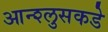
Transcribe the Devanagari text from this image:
आन्श्लुसकडे